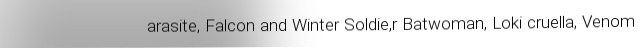
arasite, Falcon and Winter Soldie,r Batwoman, Loki cruella, Venom